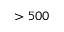
> 5 0 0